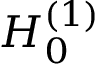
H _ { 0 } ^ { ( 1 ) }